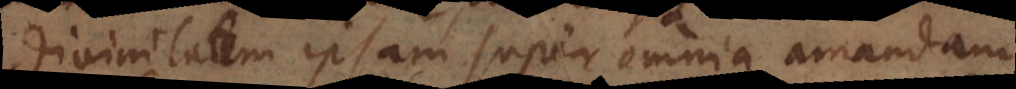
divinitatem ipsam super omnia amandam